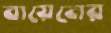
বায়েনের